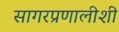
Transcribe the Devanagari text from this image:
सागरप्रणालीशी